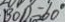
B O D = 6 0 ^ { \circ }